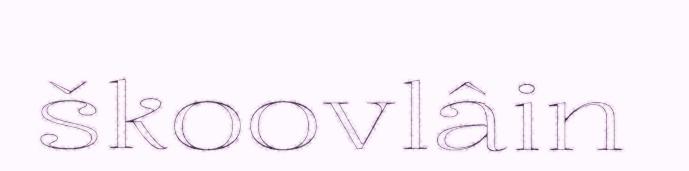
škoovlâin